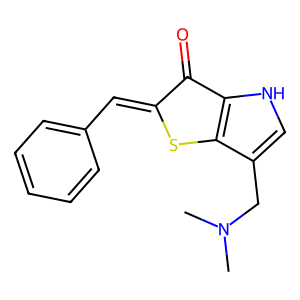
SMILES: CN(C)Cc1c[nH]c2c1SC(=Cc1ccccc1)C2=O
Inhibits HIV replication: No